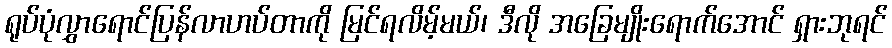
ရုပ်ပုံလွှာရောင်ပြန်လာဟပ်တာကို မြင်ရလိမ့်မယ်၊ ဒီလို အခြေမျိုးရောက်အောင် ရှားဘုရင်